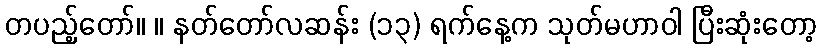
တပည့်တော်။ ။ နတ်တော်လဆန်း (၁၃) ရက်နေ့က သုတ်မဟာဝါ ပြီးဆုံးတော့